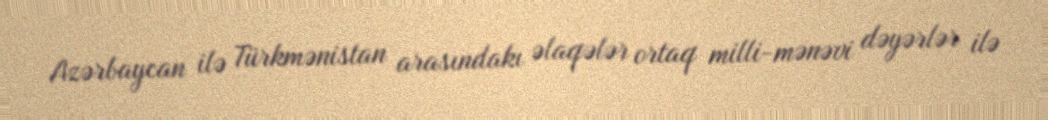
Azərbaycan ilə Türkmənistan arasındakı əlaqələr ortaq milli-mənəvi dəyərlər ilə